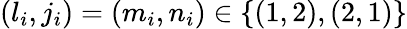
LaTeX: (l_{i},j_{i})=(m_{i},n_{i})\in\{ (1,2),(2,1)\}